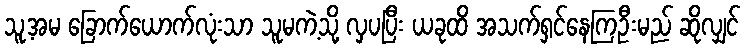
သူ့အမ ခြောက်ယောက်လုံးသာ သူမကဲ့သို့ လှပပြီး ယခုထိ အသက်ရှင်နေကြဦးမည် ဆိုလျှင်